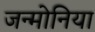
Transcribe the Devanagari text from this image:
जन्मोनिया